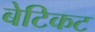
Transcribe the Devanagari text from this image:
बेटिकट